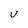
Character: V